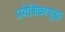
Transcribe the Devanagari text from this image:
प्रवेशिकासुद्धा